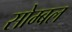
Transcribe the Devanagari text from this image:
सोम्बल